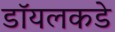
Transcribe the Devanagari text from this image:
डॉयलकडे